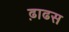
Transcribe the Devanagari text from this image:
ढ़ाढस